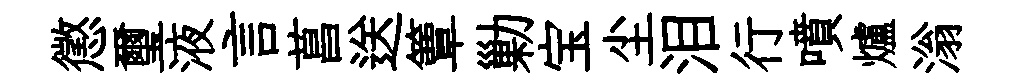
懲璽液言菖送簟勦宝尘泪行噴爐滃